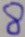
8